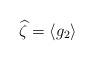
LaTeX: \begin{align*}\widehat \zeta = \langle g_2 \rangle \end{align*}